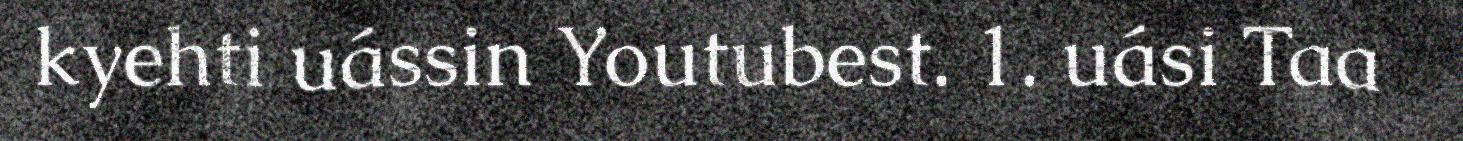
kyehti uássin Youtubest. 1. uási Taa